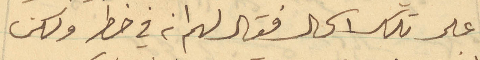
على تلك الحال فقال لهم انه في خطر ولكن